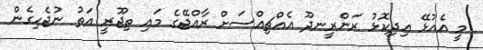
މީ އެއުޅޭ އިދިކޮޅު ރަންރީނދޫ އެއްޗިއްސަށް ރާއްޖޭގެ މައި ތިޖޫރީ އަތު ނުޖެހިގެން